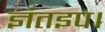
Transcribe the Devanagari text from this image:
ज्ञंतइप।